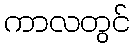
ကာလတွင်